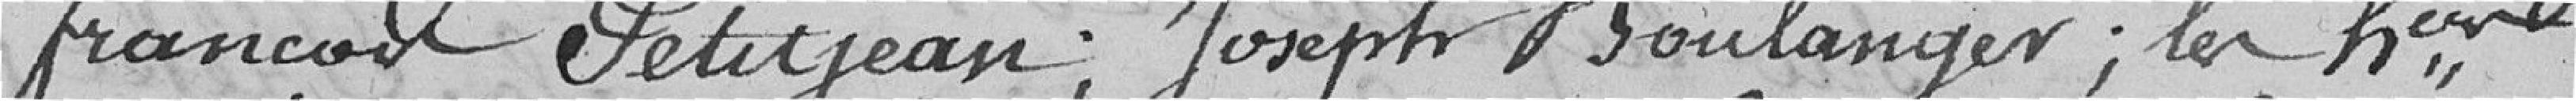
François Petitjean; Joseph Boulanger; les honorables